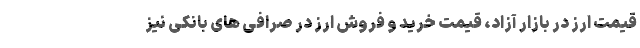
قیمت ارز در بازار آزاد، قیمت خرید و فروش ارز در صرافی های بانکی نیز